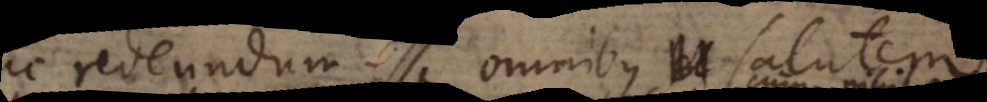
huc redeundum esse omnibus salutem